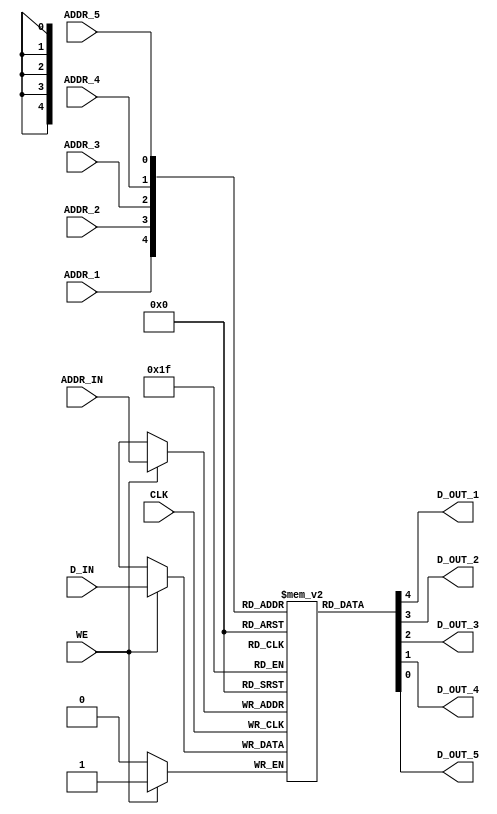

// Copyright (c) 2000-2009 Bluespec, Inc.

// Permission is hereby granted, free of charge, to any person obtaining a copy
// of this software and associated documentation files (the "Software"), to deal
// in the Software without restriction, including without limitation the rights
// to use, copy, modify, merge, publish, distribute, sublicense, and/or sell
// copies of the Software, and to permit persons to whom the Software is
// furnished to do so, subject to the following conditions:

// The above copyright notice and this permission notice shall be included in
// all copies or substantial portions of the Software.

// THE SOFTWARE IS PROVIDED "AS IS", WITHOUT WARRANTY OF ANY KIND, EXPRESS OR
// IMPLIED, INCLUDING BUT NOT LIMITED TO THE WARRANTIES OF MERCHANTABILITY,
// FITNESS FOR A PARTICULAR PURPOSE AND NONINFRINGEMENT. IN NO EVENT SHALL THE
// AUTHORS OR COPYRIGHT HOLDERS BE LIABLE FOR ANY CLAIM, DAMAGES OR OTHER
// LIABILITY, WHETHER IN AN ACTION OF CONTRACT, TORT OR OTHERWISE, ARISING FROM,
// OUT OF OR IN CONNECTION WITH THE SOFTWARE OR THE USE OR OTHER DEALINGS IN
// THE SOFTWARE.
//
// $Revision: 28742 $
// $Date: 2012-05-17 18:31:21 +0000 (Thu, 17 May 2012) $

`ifdef  BSV_WARN_REGFILE_ADDR_RANGE
`else
`define BSV_WARN_REGFILE_ADDR_RANGE 0 
`endif


`ifdef BSV_ASSIGNMENT_DELAY
`else
`define BSV_ASSIGNMENT_DELAY
`endif


// Multi-ported Register File
module RegFile(CLK,
               ADDR_IN, D_IN, WE,
               ADDR_1, D_OUT_1,
               ADDR_2, D_OUT_2,
               ADDR_3, D_OUT_3,
               ADDR_4, D_OUT_4,
               ADDR_5, D_OUT_5
               );
   parameter                   addr_width = 1;
   parameter                   data_width = 1;
   parameter                   lo = 0;
   parameter                   hi = 1;

   input                       CLK;
   input [addr_width - 1 : 0]  ADDR_IN;
   input [data_width - 1 : 0]  D_IN;
   input                       WE;

   input [addr_width - 1 : 0]  ADDR_1;
   output [data_width - 1 : 0] D_OUT_1;

   input [addr_width - 1 : 0]  ADDR_2;
   output [data_width - 1 : 0] D_OUT_2;

   input [addr_width - 1 : 0]  ADDR_3;
   output [data_width - 1 : 0] D_OUT_3;

   input [addr_width - 1 : 0]  ADDR_4;
   output [data_width - 1 : 0] D_OUT_4;

   input [addr_width - 1 : 0]  ADDR_5;
   output [data_width - 1 : 0] D_OUT_5;

   reg [data_width - 1 : 0]    arr[lo:hi];


`ifdef BSV_NO_INITIAL_BLOCKS
`else // not BSV_NO_INITIAL_BLOCKS
   // synopsys translate_off
   initial
     begin : init_block
        integer                     i; 		// temporary for generate reset value
        for (i = lo; i <= hi; i = i + 1) begin
           arr[i] = {((data_width + 1)/2){2'b10}} ;
        end
     end // initial begin
   // synopsys translate_on
`endif // BSV_NO_INITIAL_BLOCKS


   always@(posedge CLK)
     begin
        if (WE)
          arr[ADDR_IN] <= `BSV_ASSIGNMENT_DELAY D_IN;
     end // always@ (posedge CLK)

   assign D_OUT_1 = arr[ADDR_1];
   assign D_OUT_2 = arr[ADDR_2];
   assign D_OUT_3 = arr[ADDR_3];
   assign D_OUT_4 = arr[ADDR_4];
   assign D_OUT_5 = arr[ADDR_5];

   // synopsys translate_off
   always@(posedge CLK)
     begin : runtime_check
        reg enable_check;
        enable_check = `BSV_WARN_REGFILE_ADDR_RANGE ;
        if ( enable_check )
           begin
              if (( ADDR_1 < lo ) || (ADDR_1 > hi) )
                $display( "Warning: RegFile: %m -- Address port 1 is out of bounds: %h", ADDR_1 ) ;
              if (( ADDR_2 < lo ) || (ADDR_2 > hi) )
                $display( "Warning: RegFile: %m -- Address port 2 is out of bounds: %h", ADDR_2 ) ;
              if (( ADDR_3 < lo ) || (ADDR_3 > hi) )
                $display( "Warning: RegFile: %m -- Address port 3 is out of bounds: %h", ADDR_3 ) ;
              if (( ADDR_4 < lo ) || (ADDR_4 > hi) )
                $display( "Warning: RegFile: %m -- Address port 4 is out of bounds: %h", ADDR_4 ) ;
              if (( ADDR_5 < lo ) || (ADDR_5 > hi) )
                $display( "Warning: RegFile: %m -- Address port 5 is out of bounds: %h", ADDR_5 ) ;
              if ( WE && ( ADDR_IN < lo ) || (ADDR_IN > hi) )
                $display( "Warning: RegFile: %m -- Write Address port is out of bounds: %h", ADDR_IN ) ;
           end
     end
   // synopsys translate_on

endmodule